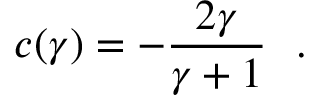
c ( \gamma ) = - { \frac { 2 \gamma } { \gamma + 1 } } ~ ~ .